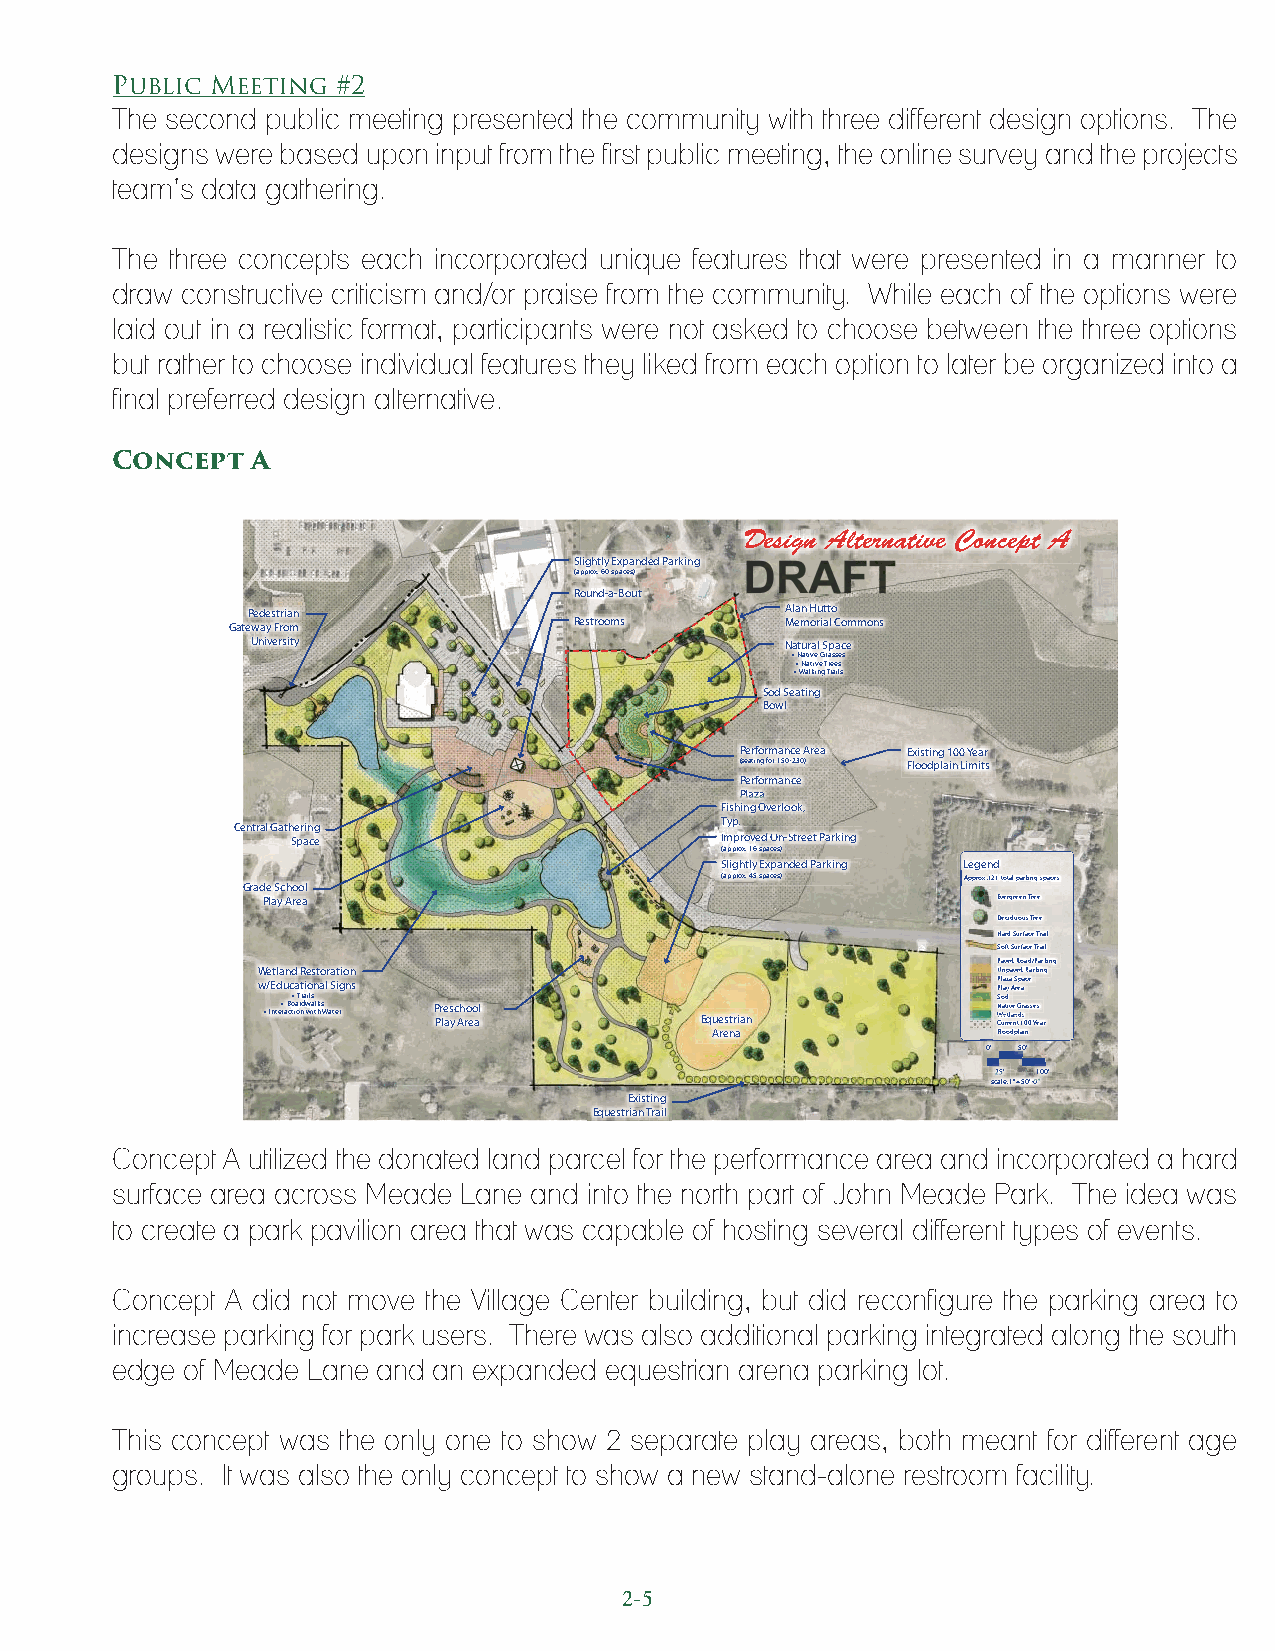
Public Meeting #2
 The second public meeting presented the community with three different design options. The
 designs were based upon input from the first public meeting, the online survey and the projects
 team’s data gathering.
 The three concepts each incorporated unique features that were presented in a manner to
 draw constructive criticism and/or praise from the community. While each of the options were
 laid out in a realistic format, participants were not asked to choose between the three options
 but rather to choose individual features they liked from each option to later be organized into a
 final preferred design alternative.
 Concept   A
 Design Alternative Concept A
 Slightly Expanded Parking
 (approx. 60 spaces)
 Round-a-Bout
 Pedestrian                          Alan Hutto
 Gateway From           Restrooms     Memorial Commons
 University                         Natural Space
 • Native Grasses
 • Native Trees
 • Walking Trails
 Sod Seating
 Bowl
 Performance Area Existing 100 Year
 (seating for 150-230) Floodplain Limits
 Performance
 Plaza
 Fishing Overlook,
 Typ.
 Central Gathering
 Space                        Improved On-Street Parking
 (approx. 16 spaces)
 Slightly Expanded Parking Legend
 (approx. 45 spaces) Approx. 121 total parking spaces
 Grade School
 Play Area                                        Evergreen Tree
 Deciduous Tree
 Hard Surface Trail
 Soft Surface Trail
 PPaavveedd RRooaadd//PPaarrkkiinng
 Wetland Restoration                              UUUnnppaavveedd PPaarrkking
 w/Educational Signs                              PP PPll ll aa aa yyyyyyyzzaa AA SS repp aaacce
 • Inte• r aB co• t ia oT r nr da w wils a itl hks Water P Pr le as yc Ah ro eo al Equestrian SS NN WWWWWWW Coo uaa eeeeedd rtt ttt rii llvv eaaaee nnnnn tGG ddddd 1ssssssrraa 0ss 0s Ye es ar
 Arena              Floodplain
 0’ 50’
 25’ 100’
 scale: 1”=50’-0”
 Existing
 Equestrian Trail
 Concept A utilized the donated land parcel for the performance area and incorporated a hard
 surface area across Meade Lane and into the north part of John Meade Park. The idea was
 to create a park pavilion area that was capable of hosting several different types of events.
 Concept A did not move the Village Center building, but did reconfigure the parking area to
 increase parking for park users. There was also additional parking integrated along the south
 edge of Meade Lane and an expanded equestrian arena parking lot.
 This concept was the only one to show 2 separate play areas, both meant for different age
 groups. It was also the only concept to show a new stand-alone restroom facility.
 2-5